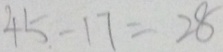
4 5 - 1 7 = 2 8